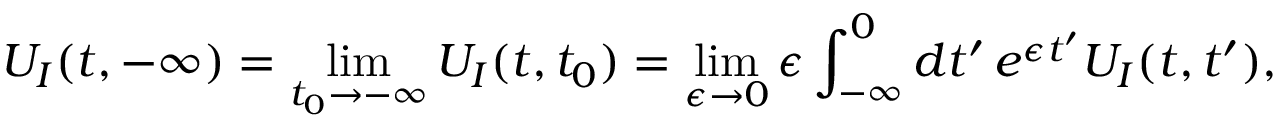
U _ { I } ( t , - \infty ) = \operatorname* { l i m } _ { t _ { 0 } \to - \infty } U _ { I } ( t , t _ { 0 } ) = \operatorname* { l i m } _ { \epsilon \to 0 } \epsilon \int _ { - \infty } ^ { 0 } d t ^ { \prime } \, e ^ { \epsilon t ^ { \prime } } U _ { I } ( t , t ^ { \prime } ) ,